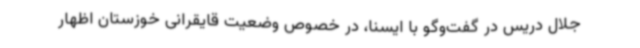
جلال دریس در گفت‌وگو با ایسنا، در خصوص وضعیت قایقرانی خوزستان اظهار